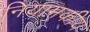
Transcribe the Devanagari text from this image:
नियामकीय